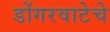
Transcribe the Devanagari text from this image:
डोंगरवाटेचे